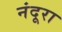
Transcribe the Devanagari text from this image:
नंदूरा